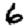
Digit: 6